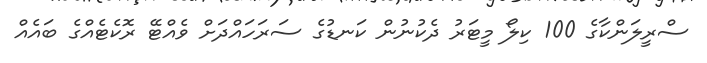
ސްރީލަންކާގެ 100 ކިލޯ މީޓަރު ދެކުނުން ކަނޑުގެ ސަރަހައްދަށް ވެއްޓޭ ރޮކެޓެއްގެ ބައެއް